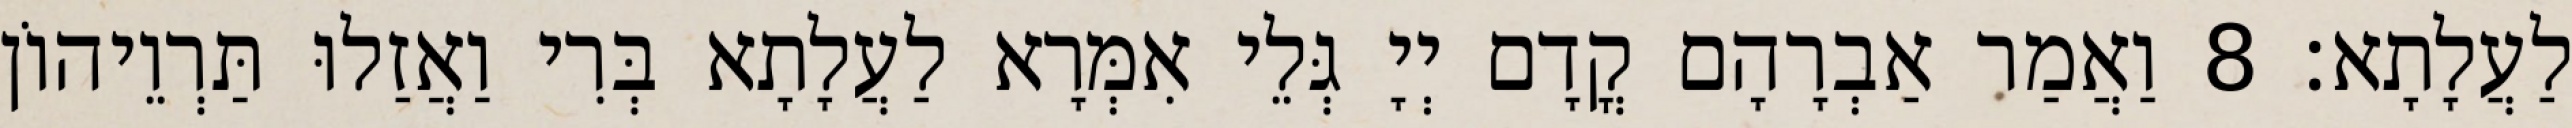
לַעֲלָתָא׃ 8 וַאֲמַר אַבְרָהָם קֳדָם יְיָ גְּלֵי אִמְּרָא לַעֲלָתָא בְּרִי וַאֲזַלוּ תַּרְוֵיהוֹן